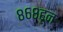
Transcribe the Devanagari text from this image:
८६८हून